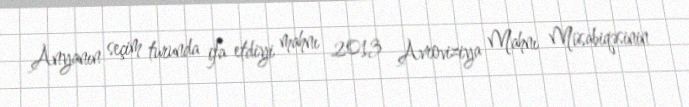
Anyanın seçim turunda ifa etdiyi mahnı 2013 Avroviziya Mahnı Müsabiqəsinin